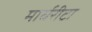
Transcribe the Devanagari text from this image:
मार्घरीटा